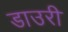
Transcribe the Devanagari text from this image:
डाउरी